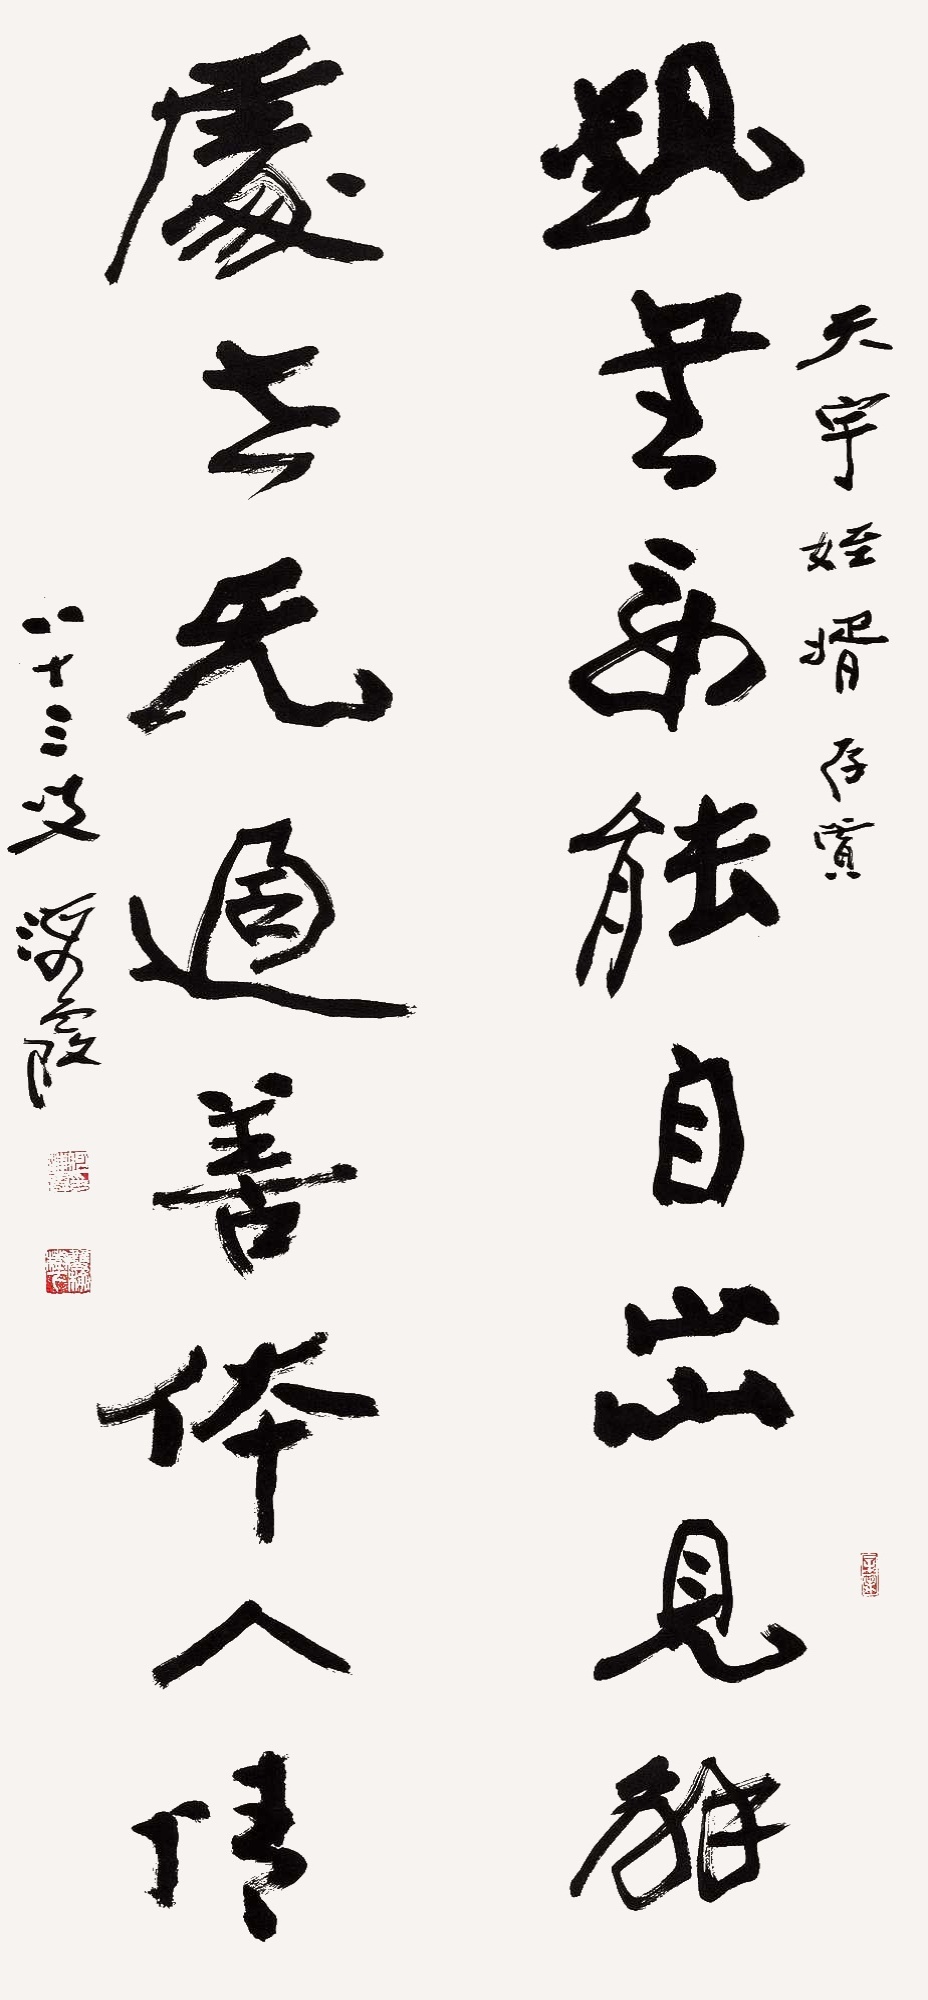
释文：观书应能自出见解，处世无过善体人情。天宇姪婿存赏，八十三叟，海霞。